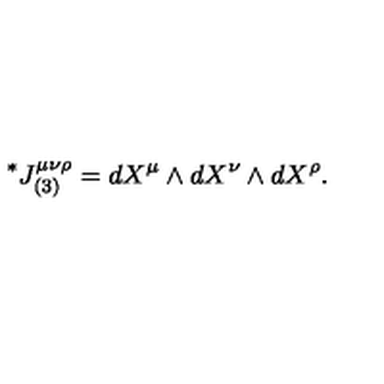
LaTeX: \vphantom { J } ^ { * } J _ { ( 3 ) } ^ { \mu \nu \rho } = d X ^ { \mu } \wedge d X ^ { \nu } \wedge d X ^ { \rho } .